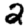
Digit: 2